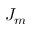
J _ { m }